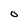
Character: 0